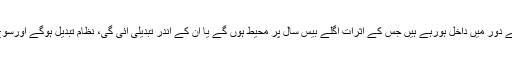
اب ہم پھر دوبارہ ایسے دور میں داخل ہورہے ہیں جس کے اثرات اگلے بیس سال پر محیط ہوں گے یا ان کے اندر تبدیلی آئی گی، نظام تبدیل ہوگے اورسوچ میں تبدیلی آئے گی۔